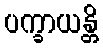
ပက္ခာယန္တိ